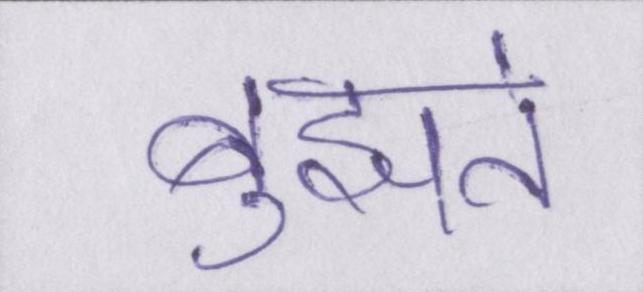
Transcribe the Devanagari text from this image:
बुझते